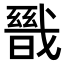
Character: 𭟺